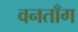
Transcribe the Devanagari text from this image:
वनताँग